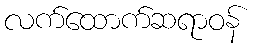
လက်ထောက်ဆရာဝန်